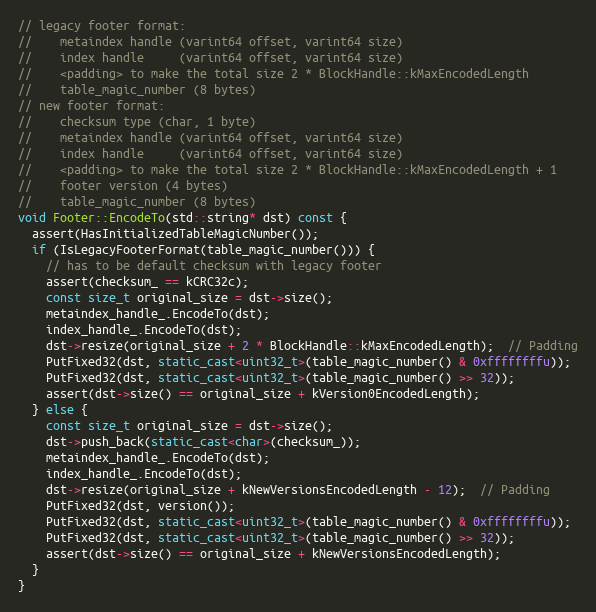
Language: C++
// legacy footer format:
//    metaindex handle (varint64 offset, varint64 size)
//    index handle     (varint64 offset, varint64 size)
//    <padding> to make the total size 2 * BlockHandle::kMaxEncodedLength
//    table_magic_number (8 bytes)
// new footer format:
//    checksum type (char, 1 byte)
//    metaindex handle (varint64 offset, varint64 size)
//    index handle     (varint64 offset, varint64 size)
//    <padding> to make the total size 2 * BlockHandle::kMaxEncodedLength + 1
//    footer version (4 bytes)
//    table_magic_number (8 bytes)
void Footer::EncodeTo(std::string* dst) const {
  assert(HasInitializedTableMagicNumber());
  if (IsLegacyFooterFormat(table_magic_number())) {
    // has to be default checksum with legacy footer
    assert(checksum_ == kCRC32c);
    const size_t original_size = dst->size();
    metaindex_handle_.EncodeTo(dst);
    index_handle_.EncodeTo(dst);
    dst->resize(original_size + 2 * BlockHandle::kMaxEncodedLength);  // Padding
    PutFixed32(dst, static_cast<uint32_t>(table_magic_number() & 0xffffffffu));
    PutFixed32(dst, static_cast<uint32_t>(table_magic_number() >> 32));
    assert(dst->size() == original_size + kVersion0EncodedLength);
  } else {
    const size_t original_size = dst->size();
    dst->push_back(static_cast<char>(checksum_));
    metaindex_handle_.EncodeTo(dst);
    index_handle_.EncodeTo(dst);
    dst->resize(original_size + kNewVersionsEncodedLength - 12);  // Padding
    PutFixed32(dst, version());
    PutFixed32(dst, static_cast<uint32_t>(table_magic_number() & 0xffffffffu));
    PutFixed32(dst, static_cast<uint32_t>(table_magic_number() >> 32));
    assert(dst->size() == original_size + kNewVersionsEncodedLength);
  }
}